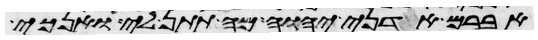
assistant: אברם אדני יהוה מה תתן לי ואנכי